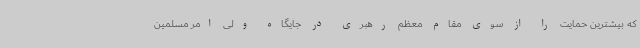
که بیشترین حمایت را از سوی مقام معظم رهبری در جایگاه ولی امر مسلمین